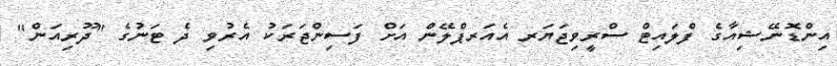
އިންޑޮނޭޝިއާގެ ފްލައިޓް ސްރީވިޖަޔަރ އެއަރޕްލޭން އަށް ފަސިންޖަރަކު އެރުވި ދެ ޓަނުގެ "ދޫރިއަން"